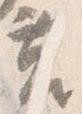
莒